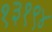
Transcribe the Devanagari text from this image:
१३१९४